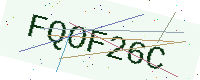
Text: FQOF26C